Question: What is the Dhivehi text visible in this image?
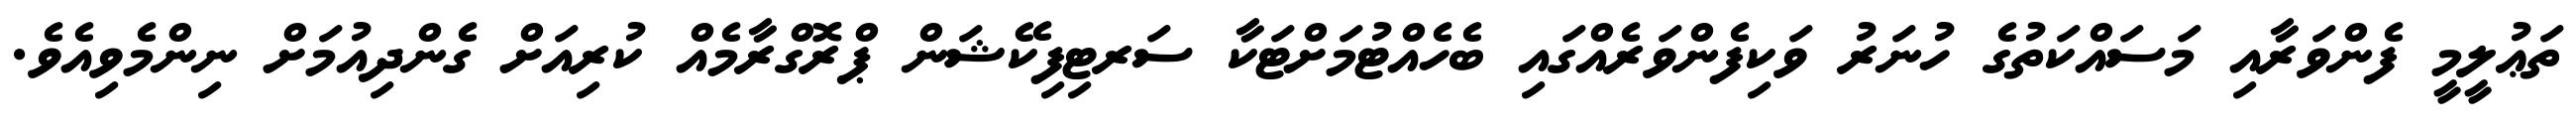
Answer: ތަޢުލީމީ ފެންވަރާއި މަސައްކަތުގެ ހުނަރު ވަކިފެންވަރެއްގައި ބެހެއްޓުމަށްޓަކާ ސަރޓިފިކޭޝަން ޕްރޮގްރާމެއް ކުރިއަށް ގެންދިއުމަށް ނިންމެވިއެވެ.